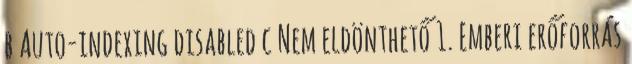
b Auto-indexing disabled c Nem eldönthető 1. Emberi erőforrás